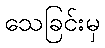
သေခြင်းမှ